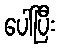
ပေါ်ပြီး